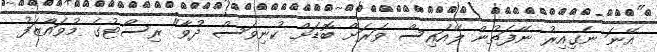
އޭނަ ނެގިއިރު ނޭފަތުން ލޭއައިސް ވަރަށް ބޮޑަށް ކުނިވަސް ދުވާ" ރިސޯޓުގެ މުވައްޒަފު